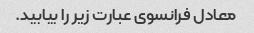
معادل فرانسوی عبارت زیر را بیابید.